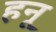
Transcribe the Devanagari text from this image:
हनू